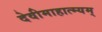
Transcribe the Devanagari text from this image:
देवीमाहात्म्यम्